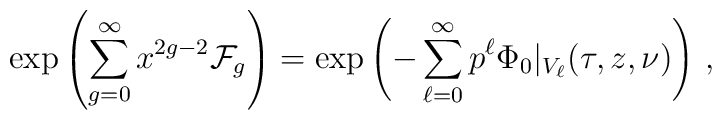
\exp\left(\sum_{g=0}^\infty    x^{2g-2}\mathcal{F}_g\right)= \exp\left(-\sum_{\ell=0}^\infty    p^\ell \Phi_0\vert_{V_\ell}(\tau,z,\nu)\right)\,,